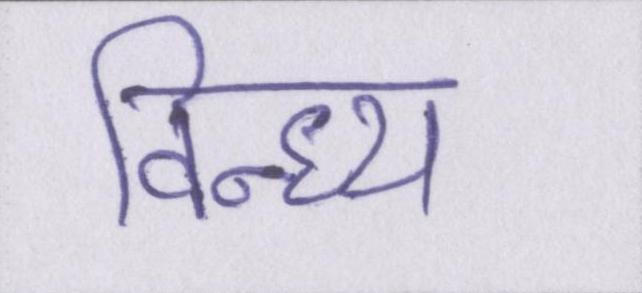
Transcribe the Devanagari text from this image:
विन्ध्य